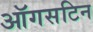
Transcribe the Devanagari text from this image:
ऑगसटिन